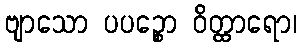
ဗျာသော ပပဉ္စော ဝိတ္ထာရော၊